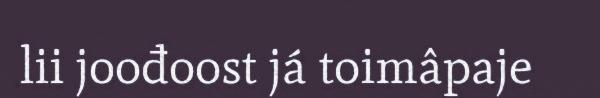
lii joođoost já toimâpaje